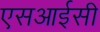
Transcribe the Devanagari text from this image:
एसआईसी